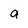
Character: a